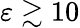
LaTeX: \varepsilon\gtrsim 10